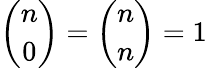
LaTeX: {\binom{n}{0}}={\binom{n}{n}}=1